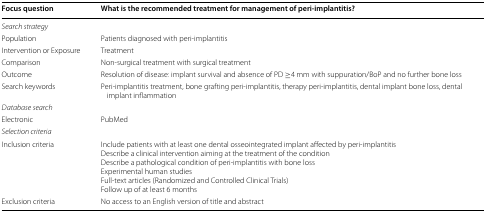
| Focus question | What is the recommended treatment for management of peri-implantitis? |
 | --- | --- |
 | <COLSPAN=2> Search strategy |
 | Population | Patients diagnosed with peri-implantitis |
 | Intervention or Exposure | Treatment |
 | Comparison | Non-surgical treatment with surgical treatment |
 | Outcome | Resolution of disease: implant survival and absence of PD ≥4 mm with suppuration/BoP and no further bone loss |
 | Search keywords | Peri-implantitis treatment, bone grafting peri-implantitis, therapy peri-implantitis, dental implant bone loss, dental implant inflammation |
 | <COLSPAN=2> Database search |
 | Electronic | PubMed |
 | <COLSPAN=2> Selection criteria |
 | Inclusion criteria | Include patients with at least one dental osseointegrated implant affected by peri-implantitisDescribe a clinical intervention aiming at the treatment of the conditionDescribe a pathological condition of peri-implantitis with bone lossExperimental human studiesFull-text articles (Randomized and Controlled Clinical Trials)Follow up of at least 6 months |
 | Exclusion criteria | No access to an English version of title and abstract |